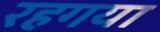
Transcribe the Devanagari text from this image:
रहगया